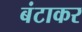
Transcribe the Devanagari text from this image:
बंटाकर